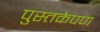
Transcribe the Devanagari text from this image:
पुस्तकेपण